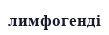
лимфогенді